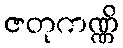
ဇတုကဏ္ဏိ